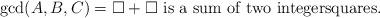
LaTeX: \begin{align*} \gcd(A,B,C) = \square+\square \mbox{ is a sum of two integersquares}.\end{align*}